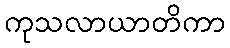
ကုသလာယာတိကာ